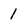
Character: 1